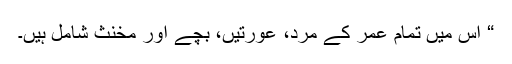
“ اس میں تمام عمر کے مرد، عورتیں، بچے اور مخنث شامل ہیں۔